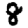
Digit: 8